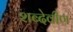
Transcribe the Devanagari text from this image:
शब्देवीण